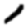
Digit: 1